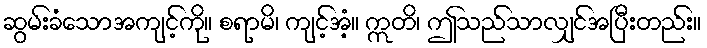
ဆွမ်းခံသောအကျင့်ကို။ စရာမိ၊ ကျင့်အံ့။ ဣတိ၊ ဤသည်သာလျှင်အပြီးတည်း။